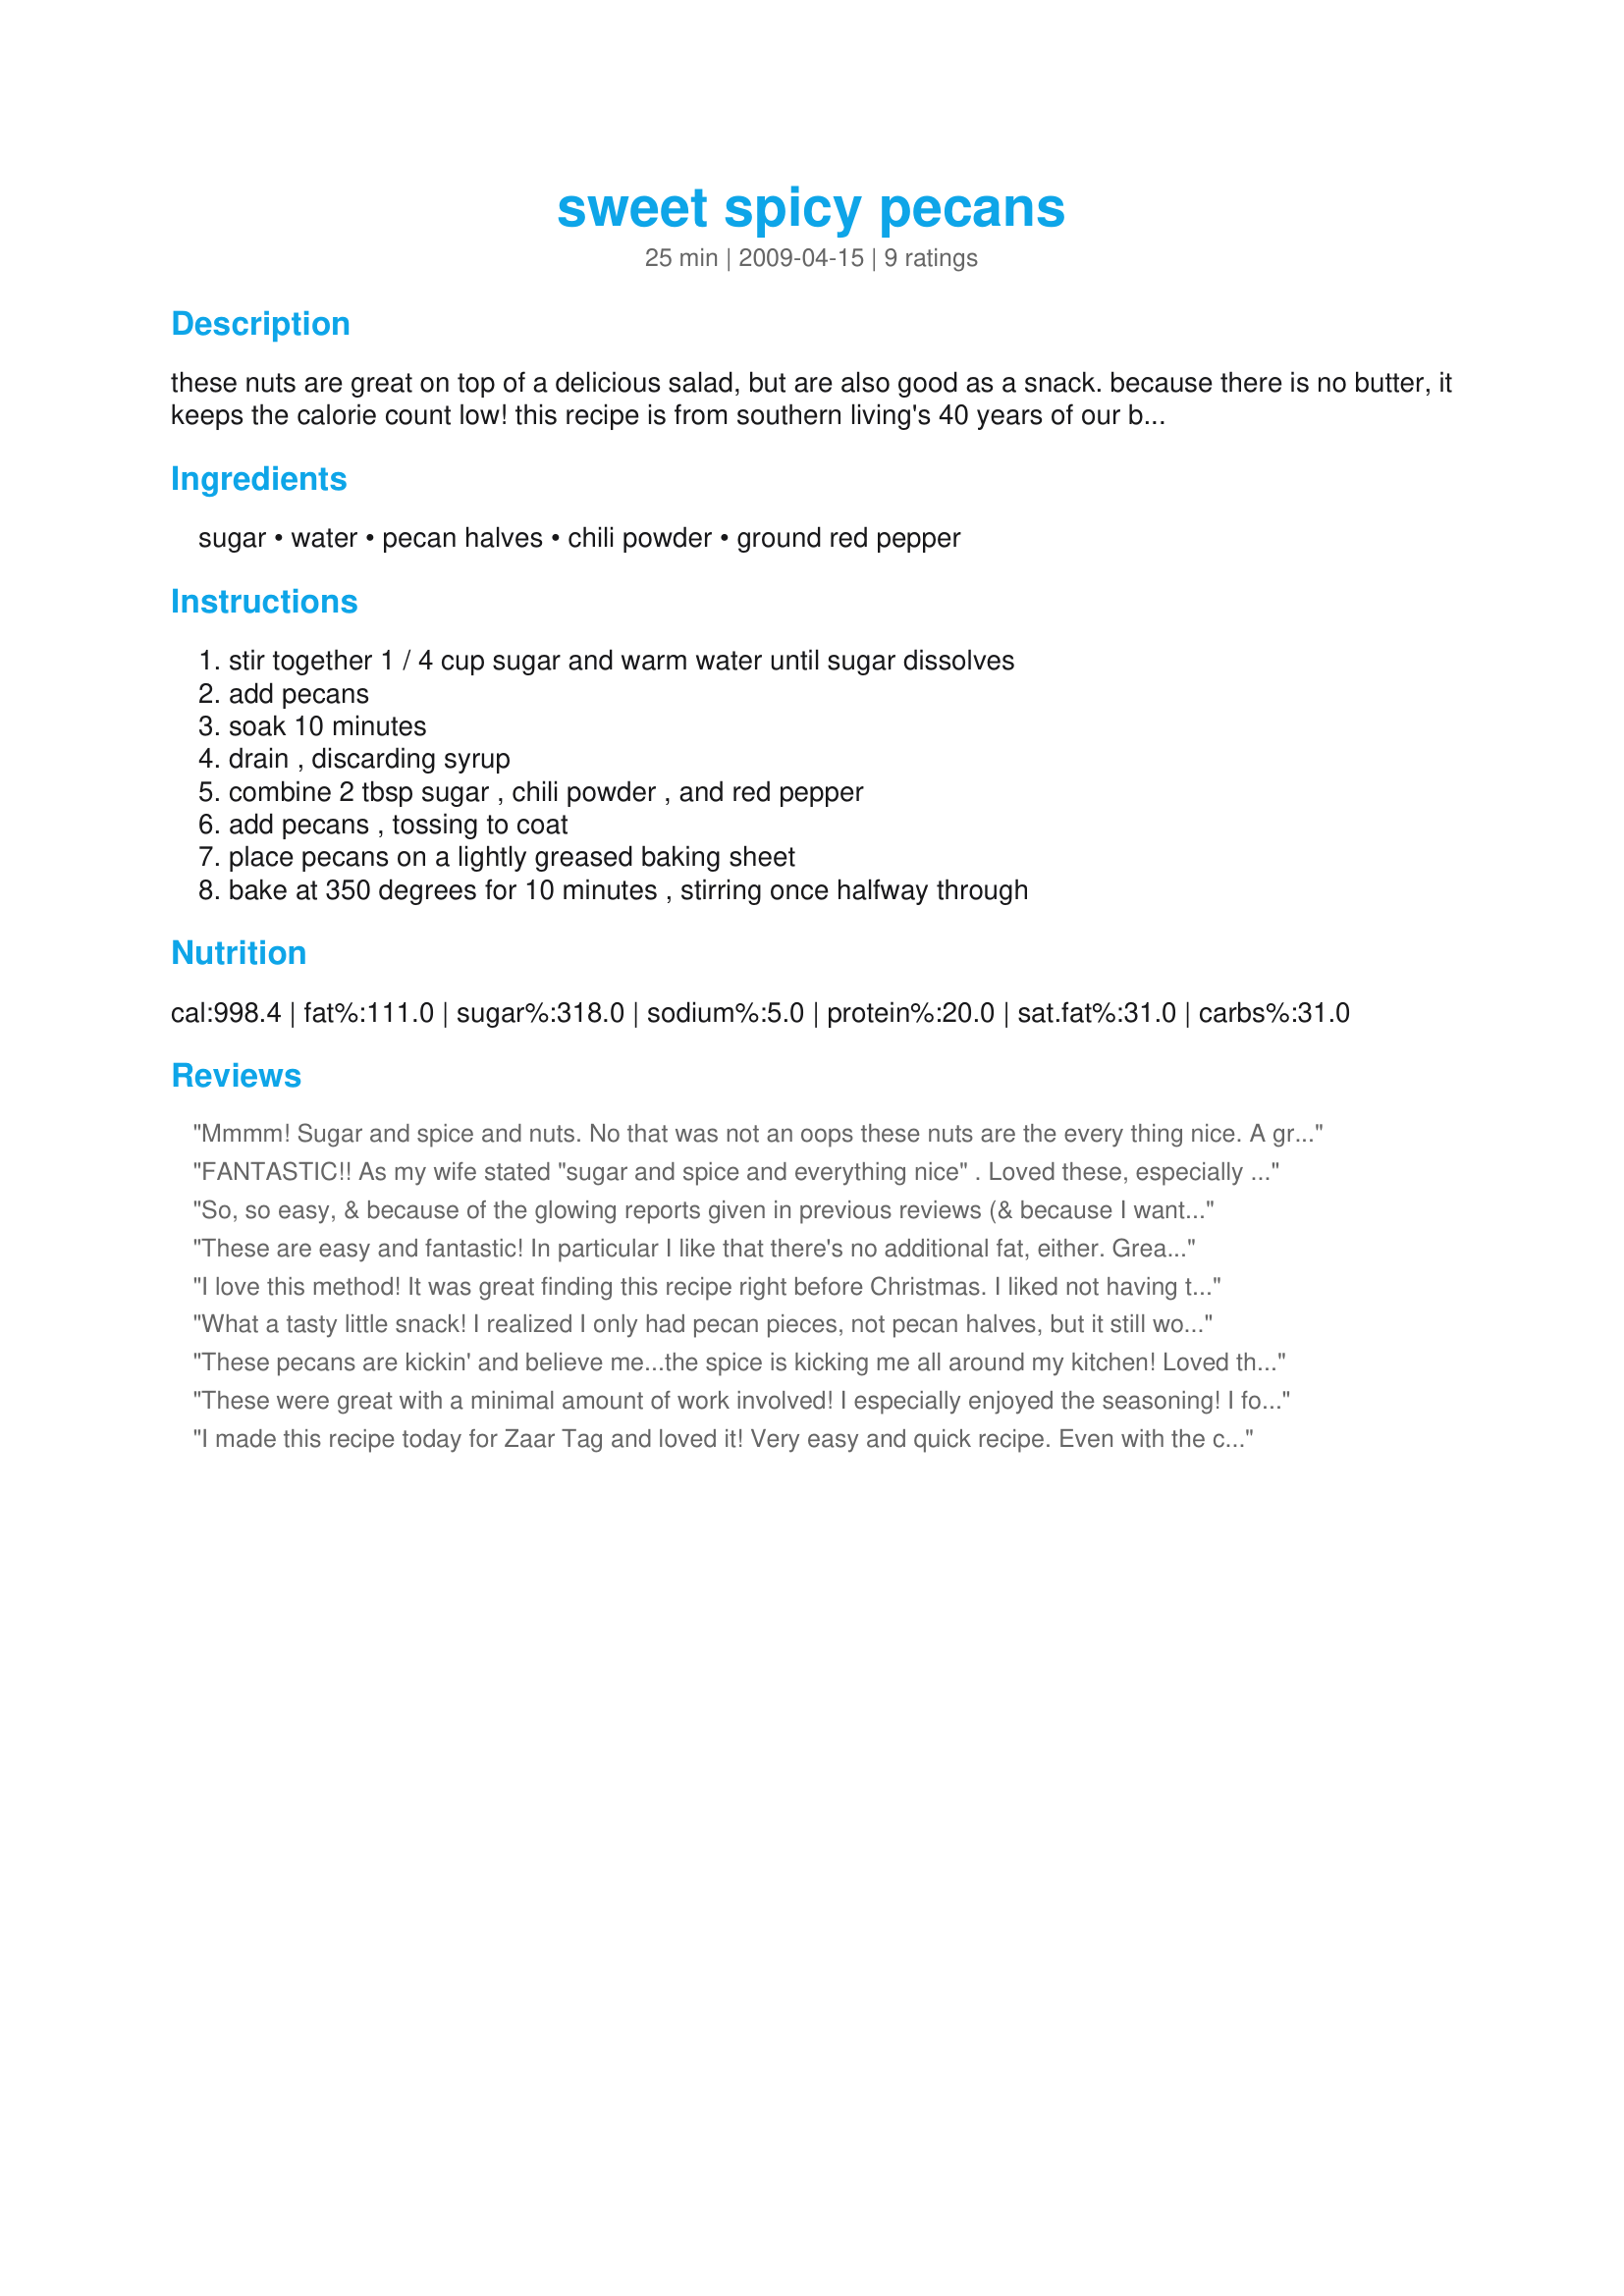
sweet spicy pecans
Preparation time: 25 minutes

these nuts are great on top of a delicious salad, but are also good as a snack. because there is no butter, it keeps the calorie count low! this recipe is from southern living's 40 years of our best recipes cookbook.

Ingredients:
sugar, water, pecan halves, chili powder, ground red pepper

Steps:
stir together 1 / 4 cup sugar and warm water until sugar dissolves, add pecans, soak 10 minutes, drain , discarding syrup, combine 2 tbsp sugar , chili powder , and red pepper, add pecans , tossing to coat, place pecans on a lightly greased baking sheet, bake at 350 degrees for 10 minutes , stirring once halfway through

Reviews:
Mmmm! Sugar and spice and nuts. No that was not an oops these nuts are the every thing nice. A great flavorful, low fat snack that I will be making many times over.
FANTASTIC!! As my wife stated "sugar and spice and everything nice" . Loved these, especially the chili powder, seeing I have a kick for spicy stuff here and there. So simple to make too. Made for PRMR tag.
So, so easy, & because of the glowing reports given in previous reviews (& because I wanted more!), I tripled the recipe to share with company this coming Saturday! Although I thought about cutting back on the chili powder & red pepper, I didn't, & they turned out ABSOLUTELY GREAT! Definitely a keeper recipe! [Tagged & made in Please Review My Recipe]
These are easy and fantastic! In particular I like that there's no additional fat, either. Great recipe, one that I'll make again... only next time, I'll listen for the buzzer... these got a little dark on me. :oops: Made for PRMR Tag.
I love this method! It was great finding this recipe right before Christmas. I liked not having to use butter and how fast everything went. Addictive, but who cares coz it's low in calories and nuts are good for you. Made it with walnuts and I'll try it with different flavors.
What a tasty little snack! I realized I only had pecan pieces, not pecan halves, but it still worked out great, just the same. You can definitely taste some heat but it wasn't overpowering, which was nice. They are delicious on their own, but am looking forward to topping off my salad for lunch tomorrow with them. Thanks for posting! Made for photo tag.
These pecans are kickin' and believe me...the spice is kicking me all around my kitchen! Loved them. Made for Everyday is a Holiday May '09
These were great with a minimal amount of work involved! I especially enjoyed the seasoning! I followed the recipe, as directed, but I sprinkled a bit of sea salt over them at the end of baking, as a personal preference! I will be sharing these with my friends over the holiday season, so thanks for sharing them with us, breezermom! :)
I made this recipe today for Zaar Tag and loved it! Very easy and quick recipe. Even with the chile powder and ground red pepper, it was not hot, just spicy and seasoned perfectly. I had planned to sprinkle the nuts on a spinach/strawberry salad, however, I can't guarantee that there will be any left after we finish sampling them. Thanks for sharing this Breezermom.
